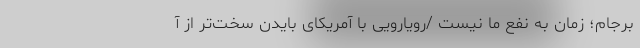
برجام؛ زمان به نفع ما نیست /رویارویی با آمریکای بایدن سخت‌تر از آ